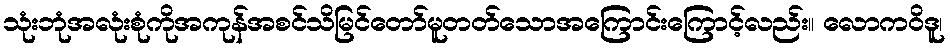
သုံးဘုံအလုံးစုံကိုအကုန်အစင်သိမြင်တော်မူတတ်သောအကြောင်းကြောင့်လည်း။ လောကဝိဒူ၊